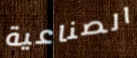
الصناعية